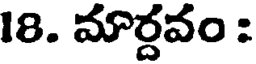
18. మార్దవం :